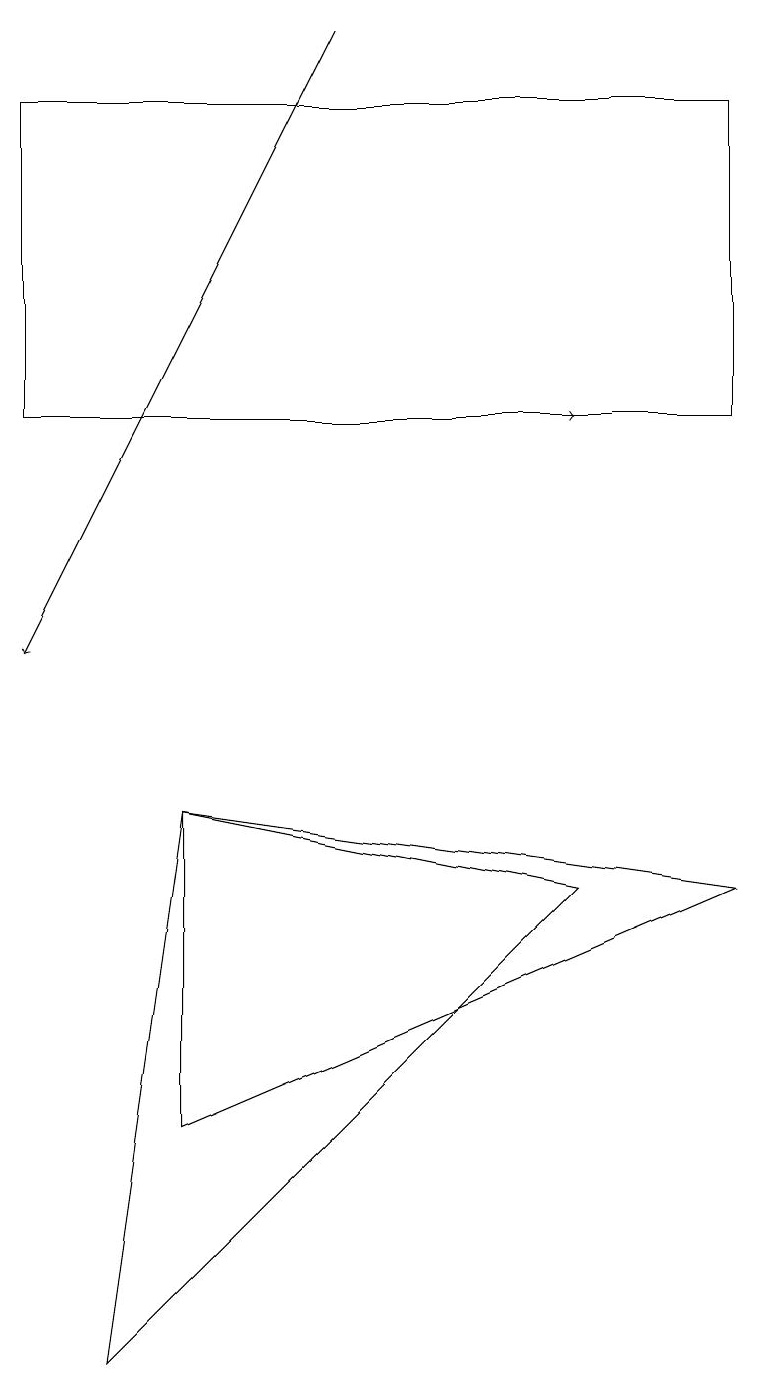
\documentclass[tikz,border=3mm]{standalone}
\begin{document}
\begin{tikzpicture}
\draw[->] (0,14) -- (7,14);
\draw (9,14) rectangle (0,18);
\draw[->] (4,19) -- (0,11);
\draw (2,5) -- (2,9) -- (9,8) -- cycle;
\draw (2,9) -- (1,2) -- (7,8) -- cycle;
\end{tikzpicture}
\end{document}